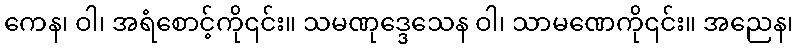
ကေန၊ ဝါ၊ အရံစောင့်ကို၎င်း။ သမဏုဒ္ဒေသေန ဝါ၊ သာမဏေကို၎င်း။ အညေန၊